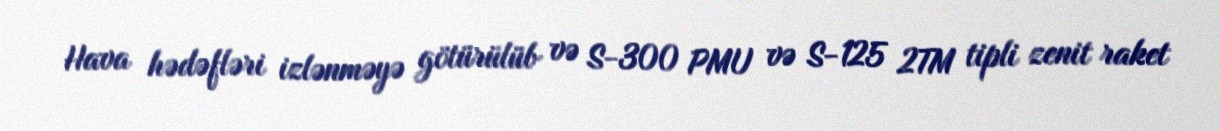
Hava hədəfləri izlənməyə götürülüb və S-300 PMU və S-125 2TM tipli zenit raket